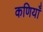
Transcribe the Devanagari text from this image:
कणियाँ